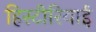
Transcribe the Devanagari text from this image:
हिस्टीरियाई